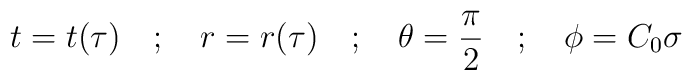
t = t(\tau) \quad ; \quad r = r(\tau) \quad ; \quad  \theta = \frac{\pi}{2}\quad ; \quad \phi = C_{0} \sigma